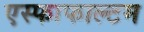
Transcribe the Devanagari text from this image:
एस्फाफाल्टम